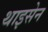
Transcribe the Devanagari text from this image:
थाइसेन